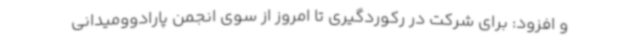
و افزود: برای شرکت در رکوردگیری تا امروز از سوی انجمن پارادوومیدانی